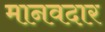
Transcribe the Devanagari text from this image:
मानवदार